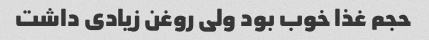
حجم غذا خوب بود ولی روغن زیادی داشت